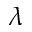
\lambda